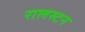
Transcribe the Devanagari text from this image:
रालस्टन